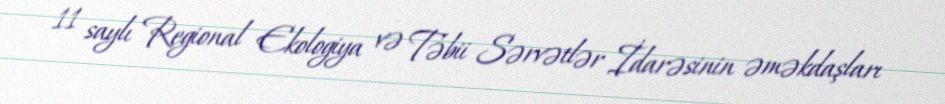
11 saylı Regional Ekologiya və Təbii Sərvətlər İdarəsinin əməkdaşları